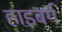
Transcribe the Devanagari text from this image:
हाइबर्ग